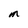
Character: M